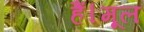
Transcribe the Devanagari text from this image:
हैं।मूल